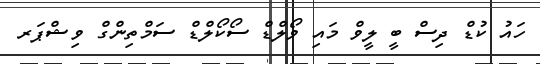
ހައު ކުޑް ދިސް ބީ ލީވް މައި ވޯލްޑް ސޯކޯލްޑް ސަމްތިންގް ވިޝްޕަރ